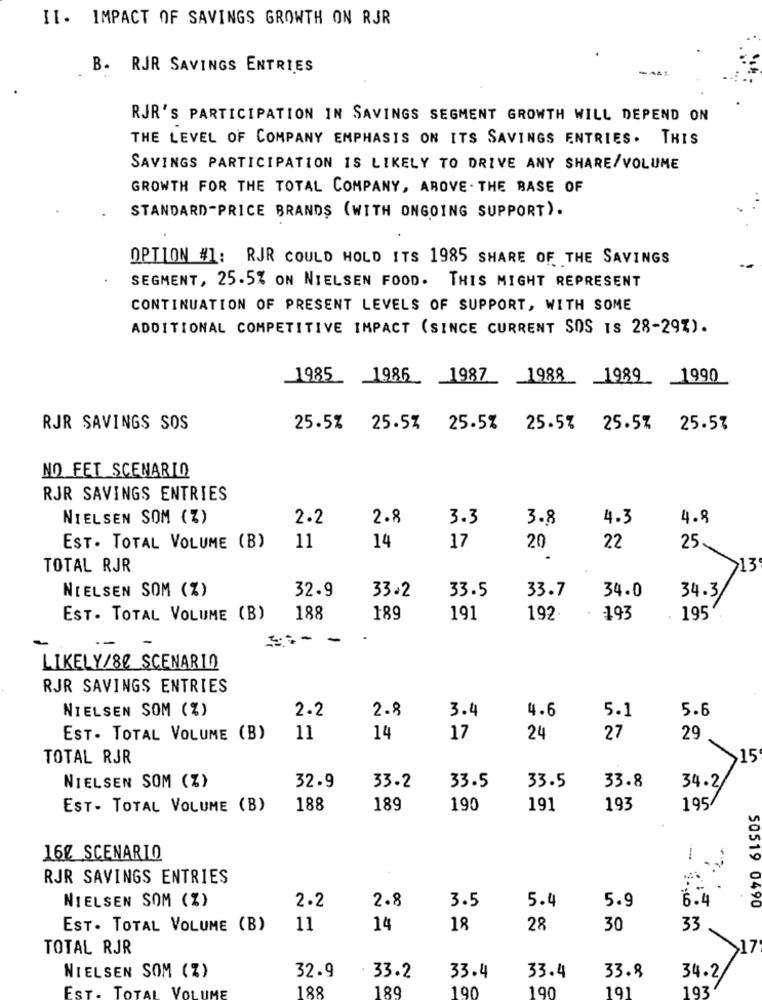
II. IMPACT OF SAVINGS GROWTH ON RJR
B. RJR SAVINGS ENTRIES
RJR'S PARTICIPATION IN SAVINGS SEGMENT GROWTH WILL DEPEND ON
THE LEVEL OF COMPANY EMPHASIS ON ITS SAVINGS ENTRIES. THIS
SAVINGS PARTICIPATION IS LIKELY TO DRIVE ANY SHARE/VOLUME
GROWTH FOR THE TOTAL COMPANY, AROVE . THE BASE OF
STANDARD-PRICE BRANDS (WITH ONGOING SUPPORT).
OPTION #1: RJR COULD HOLD ITS 1985 SHARE OF THE SAVINGS
SEGMENT, 25.5% ON NIELSEN FOOD. THIS MIGHT REPRESENT
CONTINUATION OF PRESENT LEVELS OF SUPPORT, WITH SOME
ADDITIONAL COMPETITIVE IMPACT (SINCE CURRENT SOS Is 28-29%).
1985
1986_ _ 1987_ _ 1988
_1989
_1990
RJR SAVINGS SOS
25.5% 25.5% 25.5% 25.5% 25.5% 25.5%
NO FET SCENARIO
RJR SAVINGS ENTRIES
NIELSEN SOM (Z)
2.2
2.8
3.3
3.8
4.3
4.9
EST. TOTAL VOLUME (B)
11
14
17
20
22
25
TOTAL RJR
13
NIELSEN SOM (%)
32.9
33.5
33.7
34.0
33.2
34.3
EST. TOTAL VOLUME (B)
188
189
191
192
. 193
195
==- -
.
LIKELY/80 SCENARIO
RJR SAVINGS ENTRIES
NIELSEN SOM (%)
2.8
3.4
5.1
5.6
2.2
4.6
EST. TOTAL VOLUME (B)
11
14
17
24
27
29
TOTAL RJR
15
NIELSEN SOM (%)
33.5
33.8
32.9
33.2
33.5
34.2
EST- TOTAL VOLUME (B)
188
189
190
191
193
195/
16₡ SCENARIO
1
RJR SAVINGS ENTRIES
NIELSEN SOM (%)
2.8
3.5
5.9
6.4
2.2
5.4
50519 0490
EST. TOTAL VOLUME (B)
11
14
18
28
30
33
TOTAL RJR
32.9
NIELSEN SOM (%)
33.2
33.4
33.4
33.8
34.2/
188
189
190
190
191
193
EST. TOT
VOLUME